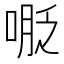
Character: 𠸾